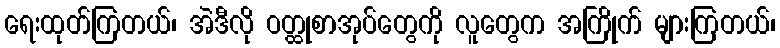
ရေးထုတ်ကြတယ်၊ အဲဒီလို ဝတ္ထုစာအုပ်တွေကို လူတွေက အကြိုက် များကြတယ်၊